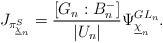
\begin{align*} J_{\pi_{\underline{\chi}_n}^{S}}=\frac{[G_n:B_{n}^{-}]}{|U_n|}\Psi_{\underline{\chi}_n}^{GL_n}.\end{align*}